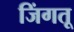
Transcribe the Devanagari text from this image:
जिंगतू